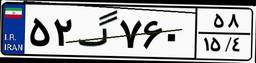
۵۲گ۷۶۰۵۸